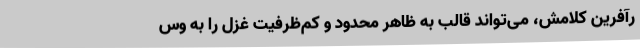
رآفرین کلامش، می‌تواند قالب به ظاهر محدود و کم‌ظرفیت غزل را به وس